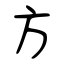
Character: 方